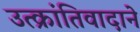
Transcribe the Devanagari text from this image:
उत्क्रांतिवादाने